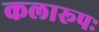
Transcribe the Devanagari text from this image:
कलारूपः